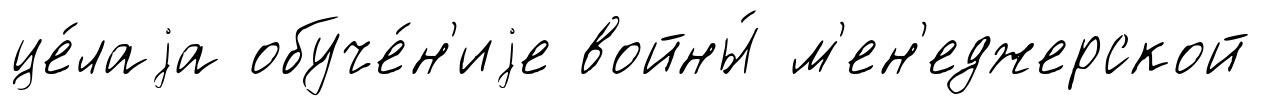
це́лаjа обуче́н'иjе войны́ м'ен'еджерской